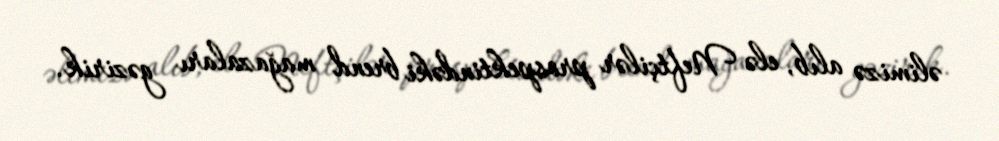
əlimizə alıb, elə Neftçilər prospektindəki brend mağazaları gəzirik.